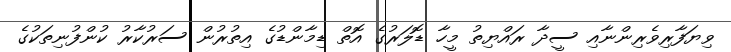
ވިޔަފާރިވެރިންނާއި ސީދާ ރައްޔިތު މީހާ ޑޮލަރުގެ އޮތް ޑިމާންޑުގެ އިތުރުން ސަރުކާރު ކުންފުނިތަކުގެ